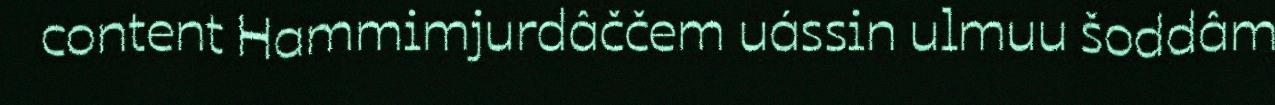
content Hammimjurdâččem uássin ulmuu šoddâm